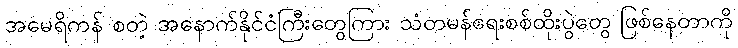
အမေရိကန် စတဲ့ အနောက်နိုင်ငံကြီးတွေကြား သံတမန်ရေးစစ်ထိုးပွဲတွေ ဖြစ်နေတာကို